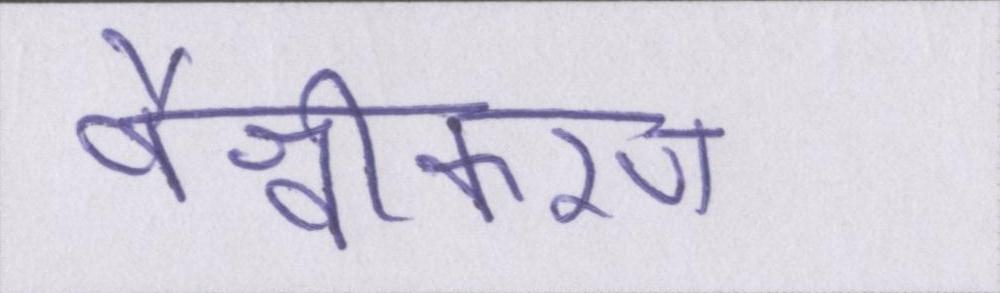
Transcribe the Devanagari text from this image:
वैश्वीकरण